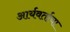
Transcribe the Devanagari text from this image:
आर्यवर्ताचा